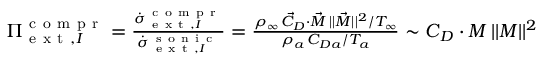
\begin{array} { r } { { \Pi } _ { \mathrm { ~ e ~ x ~ t ~ } , I } ^ { \mathrm { ~ c ~ o ~ m ~ p ~ r ~ } } = \frac { \dot { { \sigma } } _ { \mathrm { ~ e ~ x ~ t ~ } , I } ^ { \mathrm { ~ c ~ o ~ m ~ p ~ r ~ } } } { \dot { \sigma } _ { \mathrm { ~ e ~ x ~ t ~ } , I } ^ { \mathrm { ~ s ~ o ~ n ~ i ~ c ~ } } } = \frac { \rho _ { \infty } \, \vec { C } _ { D } \cdot \vec { M } \, | | \vec { M } | | ^ { 2 } / T _ { \infty } } { \rho _ { a } \, { C } _ { D a } / T _ { a } } \sim \boldsymbol { C } _ { D } \cdot \boldsymbol { M } \, | | \boldsymbol { M } | | ^ { 2 } } \end{array}